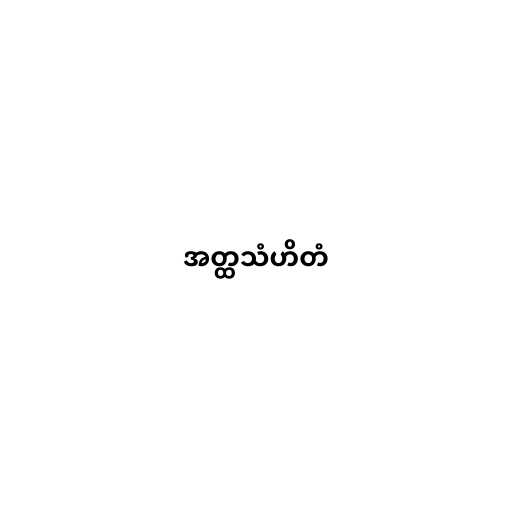
အတ္ထသံဟိတံ